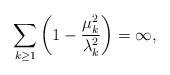
LaTeX: \begin{align*}\sum_{k\ge1} \left( 1- \frac{\mu_k^2}{\lambda_k^2} \right) =\infty,\end{align*}